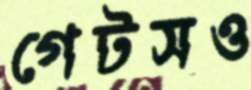
গেটসও